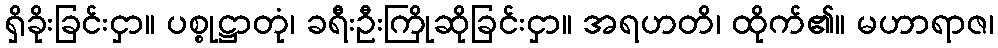
ရှိခိုးခြင်းငှာ။ ပစ္စုဋ္ဌာတုံ၊ ခရီးဦးကြိုဆိုခြင်းငှာ။ အရဟတိ၊ ထိုက်၏။ မဟာရာဇ၊